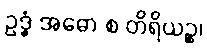
ဥဒ္ဓံ အဓော စ တိရိယဉ္စ၊